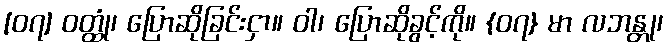
[၀၇] ဝတ္ထုံ၊ ပြောဆိုခြင်းငှာ။ ဝါ၊ ပြောဆိုခွင့်ကို။ {၀၇} မာ လဘန္တု၊